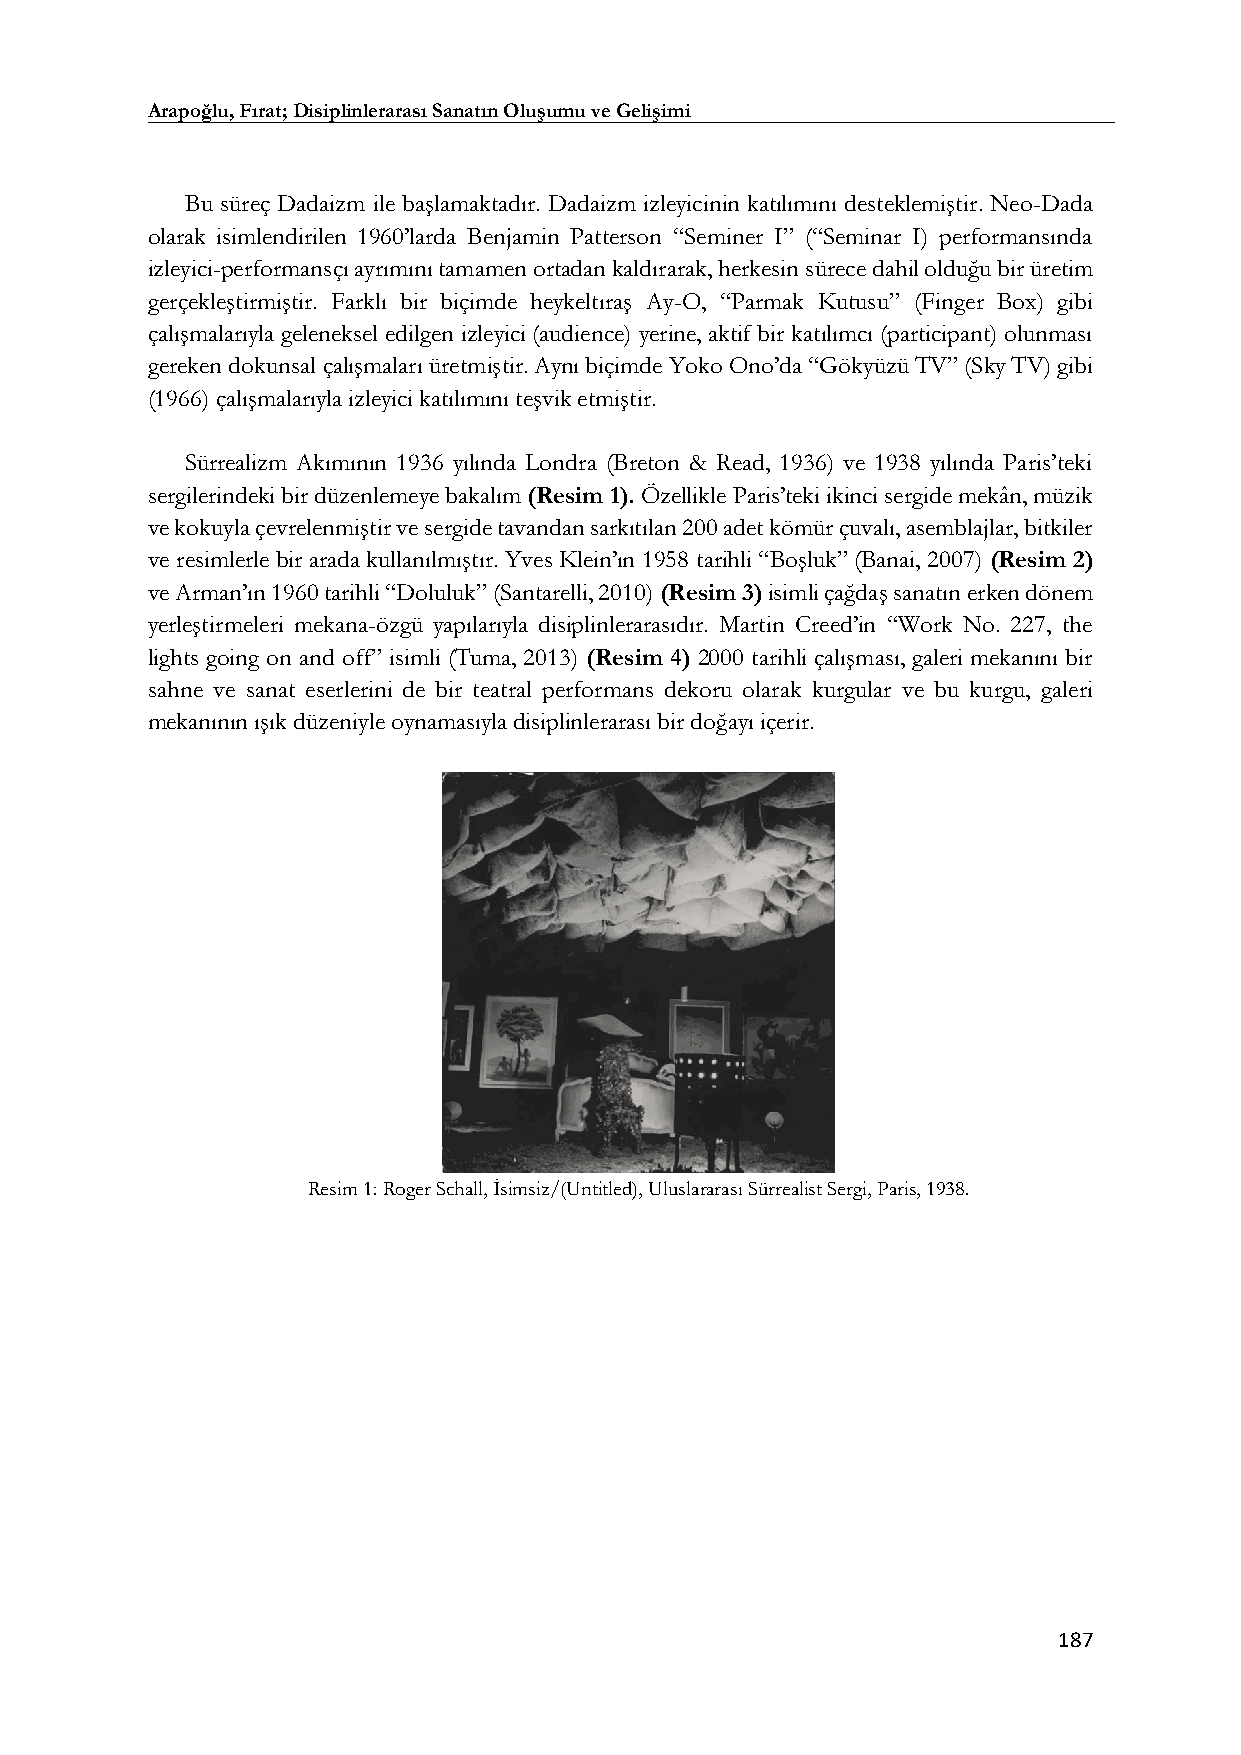
Arapoğlu, Fırat; Disiplinlerarası Sanatın Oluşumu ve Gelişimi
 Bu süreç Dadaizm ile başlamaktadır. Dadaizm izleyicinin katılımını desteklemiştir. Neo-Dada
 olarak isimlendirilen 1960’larda Benjamin Patterson “Seminer I” (“Seminar I) performansında
 izleyici-performansçı ayrımını tamamen ortadan kaldırarak, herkesin sürece dahil olduğu bir üretim
 gerçekleştirmiştir. Farklı bir biçimde heykeltıraş Ay-O, “Parmak Kutusu” (Finger Box) gibi
 çalışmalarıyla geleneksel edilgen izleyici (audience) yerine, aktif bir katılımcı (participant) olunması
 gereken dokunsal çalışmaları üretmiştir. Aynı biçimde Yoko Ono’da “Gökyüzü TV” (Sky TV) gibi
 (1966) çalışmalarıyla izleyici katılımını teşvik etmiştir.
 Sürrealizm Akımının 1936 yılında Londra (Breton & Read, 1936) ve 1938 yılında Paris’teki
 sergilerindeki bir düzenlemeye bakalım (Resim 1). Özellikle Paris’teki ikinci sergide mekân, müzik
 ve kokuyla çevrelenmiştir ve sergide tavandan sarkıtılan 200 adet kömür çuvalı, asemblajlar, bitkiler
 ve resimlerle bir arada kullanılmıştır. Yves Klein’ın 1958 tarihli “Boşluk” (Banai, 2007) (Resim 2)
 ve Arman’ın 1960 tarihli “Doluluk” (Santarelli, 2010) (Resim 3) isimli çağdaş sanatın erken dönem
 yerleştirmeleri mekana-özgü yapılarıyla disiplinlerarasıdır. Martin Creed’in “Work No. 227, the
 lights going on and off” isimli (Tuma, 2013) (Resim 4) 2000 tarihli çalışması, galeri mekanını bir
 sahne ve sanat eserlerini de bir teatral performans dekoru olarak kurgular ve bu kurgu, galeri
 mekanının ışık düzeniyle oynamasıyla disiplinlerarası bir doğayı içerir.
 Resim 1: Roger Schall, İsimsiz/(Untitled), Uluslararası Sürrealist Sergi, Paris, 1938.
 187